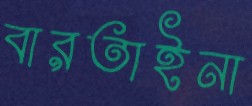
বারতাইনা